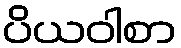
ပိယဝါစာ